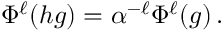
\Phi ^ { \ell } ( h g ) = \alpha ^ { - \ell } \Phi ^ { \ell } ( g ) \, .